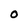
Character: O